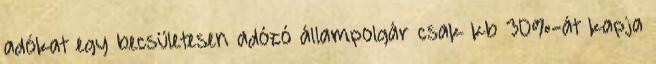
adókat egy becsületesen adózó állampolgár csak kb 30%-át kapja